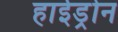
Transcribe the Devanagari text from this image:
हाईड्रोन